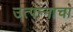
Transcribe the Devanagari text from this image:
उत्‍पन्‍नाचा